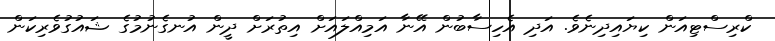
ކްރިސްޓިއަން ކިޔައިދިނެވެ. އަދި އެހިސާބުން އޭނާ އަމިއްލައަށް އިތުރަށް ދީން އުނގެނުމުގެ ޝައުގުވެރިކަން